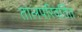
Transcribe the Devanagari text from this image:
तालपरिवर्तित